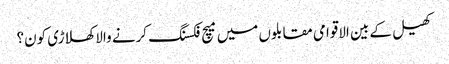
کھیل کے بین الاقوامی مقابلوں میں میچ فکسنگ کرنے والا کھلاڑی کون؟